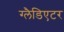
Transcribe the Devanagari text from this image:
ग्‍लैडिएटर